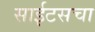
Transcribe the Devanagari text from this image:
साईटसचा